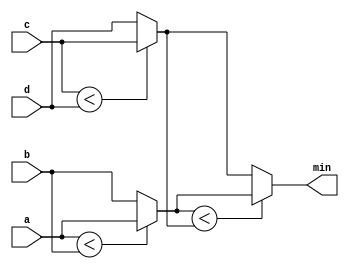
module top_module (
    input [7:0] a, b, c, d,
    output [7:0] min);//

    wire [7:0] mid1,mid2;

    assign mid1=a<b?a:b;
    assign mid2=c<d?c:d;
    assign min=mid1<mid2?mid1:mid2;
    
endmodule